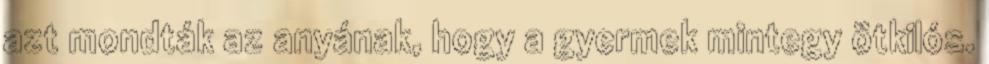
azt mondták az anyának, hogy a gyermek mintegy ötkilós.